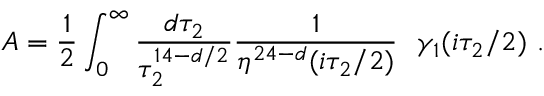
{ \cal A } = { \frac { 1 } { 2 } } \int _ { 0 } ^ { \infty } { \frac { d \tau _ { 2 } } { \tau _ { 2 } ^ { 1 4 - d / 2 } } } { \frac { 1 } { \eta ^ { 2 4 - d } ( i \tau _ { 2 } / 2 ) } } ~ ~ \gamma _ { 1 } ( i \tau _ { 2 } / 2 ) \ .